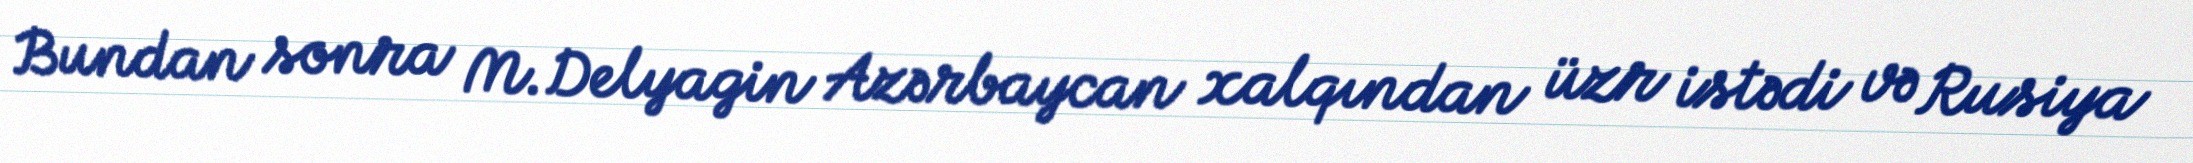
Bundan sonra M.Delyagin Azərbaycan xalqından üzr istədi və Rusiya